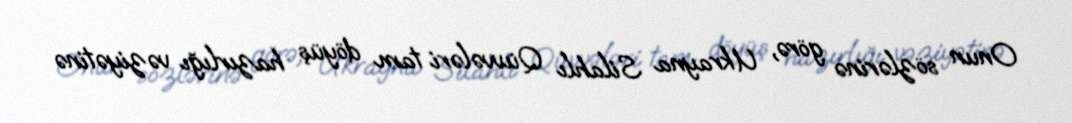
Onun sözlərinə görə, Ukrayna Silahlı Qüvvələri tam döyüş hazırlığı vəziyətinə